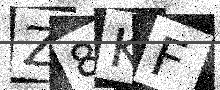
Text: Z8KF